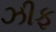
ઝીફ